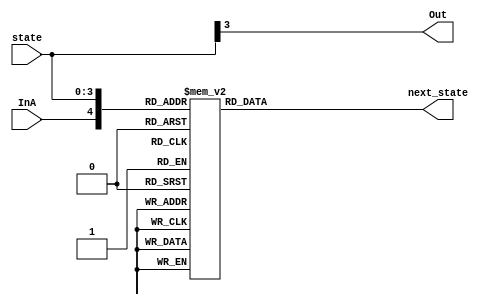
module statelogic (next_state, Out, state, InA);

input InA;
input [3:0] state;
output [3:0] next_state;
output Out;

reg [3:0] next_state;

assign Out = state[3];

always @(InA or state)
begin
  casex({InA,state})
    5'b0_0000:
      next_state <= 4'b0001;
    5'b1_0000:
      next_state <= 4'b0000;

    5'b0_0001:
      next_state <= 4'b0001;
    5'b1_0001:
      next_state <= 4'b0010;

    5'b0_0010:
      next_state <= 4'b0011;
    5'b1_0010:
      next_state <= 4'b0000;

    5'b0_0011:
      next_state <= 4'b0001;
    5'b1_0011:
      next_state <= 4'b0100;
    
    5'b0_0100:
      next_state <= 4'b0101;
    5'b1_0100:
      next_state <= 4'b0000;

    5'b0_0101:
      next_state <= 4'b0110;
    5'b1_0101:
      next_state <= 4'b0000;

    5'b0_0110:
      next_state <= 4'b0001;
    5'b1_0110:
      next_state <= 4'b0111;

    5'b0_0111:
      next_state <= 4'b0001;
    5'b1_0111:
      next_state <= 4'b1000;


    5'b0_1000:
      next_state <= 4'b0001;
    5'b1_1000:
      next_state <= 4'b0000;


    default:
      next_state <= {4{1'bx}};
  endcase
end

endmodule